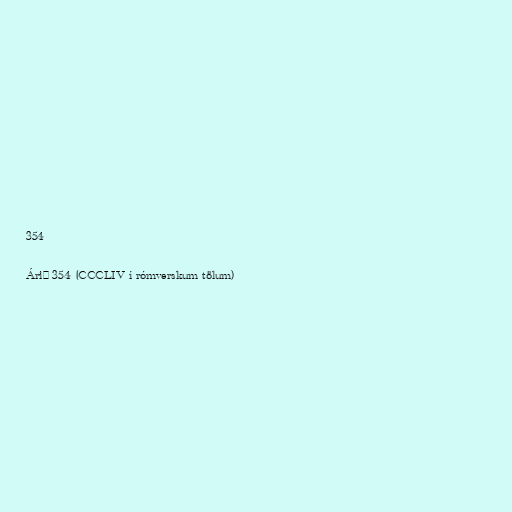
354

Árið 354 (CCCLIV í rómverskum tölum)